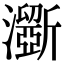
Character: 𤃮